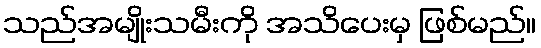
သည်အမျိုးသမီးကို အသိပေးမှ ဖြစ်မည်။